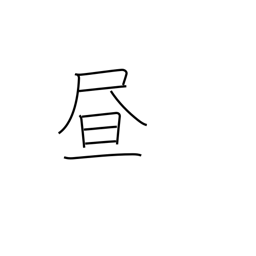
Meaning: daytime